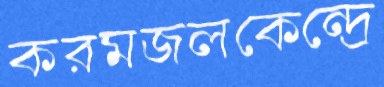
করমজলকেন্দ্রে